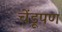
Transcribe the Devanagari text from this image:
चेंडूपण